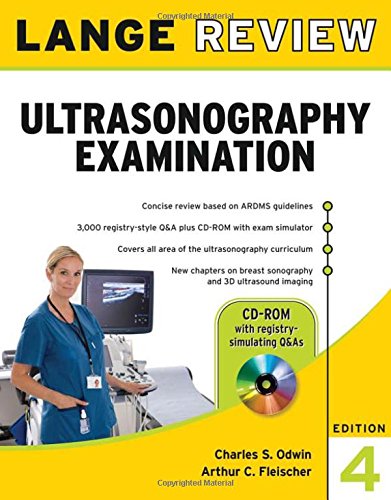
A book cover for Lange Review Ultrasonography Examination with CD-ROM, 4th Edition (LANGE Reviews Allied Health); Charles Odwin; Medical Books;